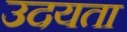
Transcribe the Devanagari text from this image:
उदयता